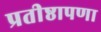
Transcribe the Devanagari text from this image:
प्रतीष्ठापणा